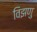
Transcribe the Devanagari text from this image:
विझणु